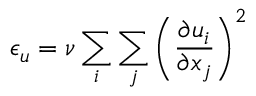
\epsilon _ { u } = \nu \sum _ { i } \sum _ { j } \left( \frac { \partial u _ { i } } { \partial x _ { j } } \right) ^ { 2 }